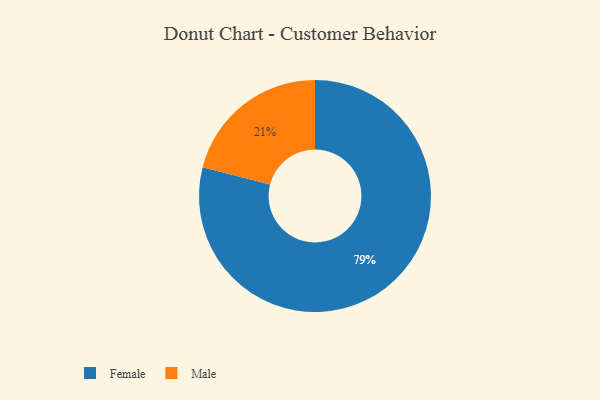
{"axis": {"x": "Category", "y": "Percentage"}, "legend": ["Female", "Male"], "data": [{"x": "Male", "y": 21, "type": "Male"}, {"x": "Female", "y": 79, "type": "Female"}]}